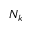
N _ { k }